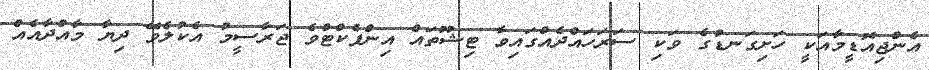
އެންޖިއޮޑީމާއަކީ ހަށިގަނޑުގެ ވަކި ސަރަހައްދެއްގައިވާ ޓިޝޫތައް އިންފެކްޓްވެ ޖަރާސީމު އެކުލެވޭ ދިޔާ މާއްދާއެއް